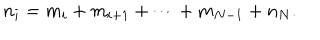
n _ { i } = m _ { i } + m _ { i + 1 } + \cdots + m _ { N - 1 } + n _ { N } .